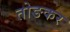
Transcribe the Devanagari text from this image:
तोङकर